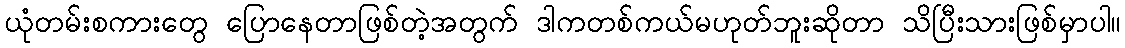
ယုံတမ်းစကားတွေ ပြောနေတာဖြစ်တဲ့အတွက် ဒါကတစ်ကယ်မဟုတ်ဘူးဆိုတာ သိပြီးသားဖြစ်မှာပါ။